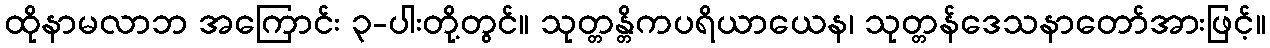
ထိုနာမလာဘ အကြောင်း ၃-ပါးတို့တွင်။ သုတ္တန္တိကပရိယာယေန၊ သုတ္တန်ဒေသနာတော်အားဖြင့်။